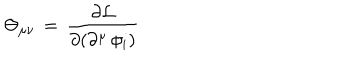
\Theta _ { \mu \nu } \, = \, \frac { \partial { \cal L } } { \partial ( \partial ^ { \mu } \, \phi _ { i } ) }